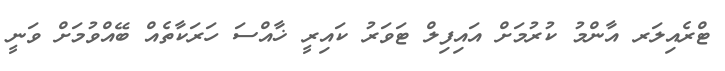
ޓްރެއިލަރ އާންމު ކުރުމަށް އައިފިލް ޓަވަރު ކައިރީ ޚާއްސަ ހަރަކާތެއް ބޭއްވުމަށް ވަނީ